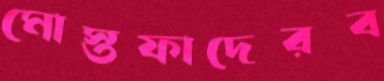
মোস্তফাদেরব